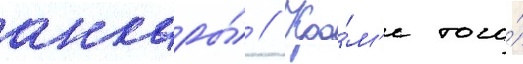
анкары́ // Кро́м'е того́